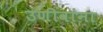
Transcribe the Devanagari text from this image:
उणीवांना